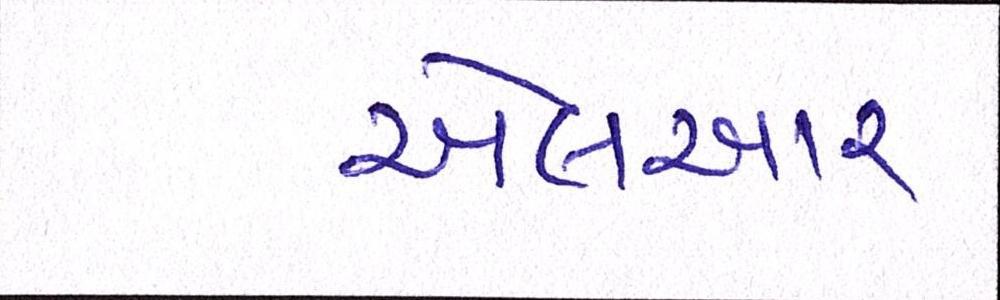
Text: એલઆર